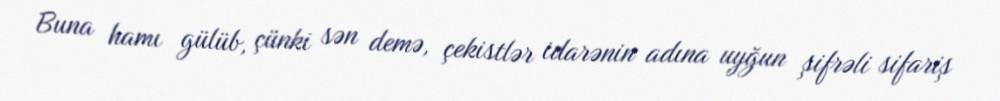
Buna hamı gülüb, çünki sən demə, çekistlər idarənin adına uyğun şifrəli sifariş